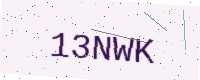
Text: 13NWK